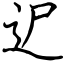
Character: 迉